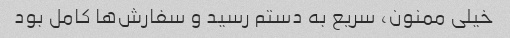
خیلی ممنون، سریع به دستم رسید و سفارش‌ها کامل بود